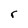
Character: r